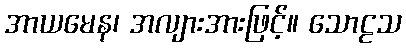
အာယမေန၊ အလျားအားဖြင့်။ သောဠသ